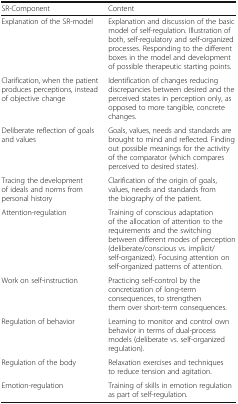
| SR-Component | Content |
 | --- | --- |
 | Explanation of the SR-model | Explanation and discussion of the basic model of self-regulation. Illustration of both, self-regulatory and self-organized processes. Responding to the different boxes in the model and development of possible therapeutic starting points. |
 | Clarification, when the patient produces perceptions, instead of objective change | Identification of changes reducing discrepancies between desired and the perceived states in perception only, as opposed to more tangible, concrete changes. |
 | Deliberate reflection of goals and values | Goals, values, needs and standards are brought to mind and reflected. Finding out possible meanings for the activity of the comparator (which compares perceived to desired states). |
 | Tracing the development of ideals and norms from personal history | Clarification of the origin of goals, values, needs and standards from the biography of the patient. |
 | Attention-regulation | Training of conscious adaptation of the allocation of attention to the requirements and the switching between different modes of perception (deliberate/conscious vs. implicit/self-organized). Focusing attention on self-organized patterns of attention. |
 | Work on self-instruction | Practicing self-control by the concretization of long-term consequences, to strengthen them over short-term consequences. |
 | Regulation of behavior | Learning to monitor and control own behavior in terms of dual-process models (deliberate vs. self-organized regulation). |
 | Regulation of the body | Relaxation exercises and techniques to reduce tension and agitation. |
 | Emotion-regulation | Training of skills in emotion regulation as part of self-regulation. |